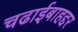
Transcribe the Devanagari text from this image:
चढाईबाहद्दर